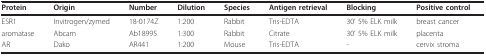
<table><thead><tr><td><b>Protein</b></td><td><b>Origin</b></td><td><b>Number</b></td><td><b>Dilution</b></td><td><b>Species</b></td><td><b>Antigen retrieval</b></td><td><b>Blocking</b></td><td><b>Positive control</b></td></tr></thead><tbody><tr><td>ESR1</td><td>Invitrogen/zymed</td><td>18-0174Z</td><td>1:200</td><td>Rabbit</td><td>Tris-EDTA</td><td>30&#x27; 5% ELK milk</td><td>breast cancer</td></tr><tr><td>aromatase</td><td>Abcam</td><td>Ab18995</td><td>1:300</td><td>Rabbit</td><td>Citrate</td><td>30&#x27; 5% ELK milk</td><td>placenta</td></tr><tr><td>AR</td><td>Dako</td><td>AR441</td><td>1:200</td><td>Mouse</td><td>Tris-EDTA</td><td>-</td><td>cervix stroma</td></tr></tbody></table>